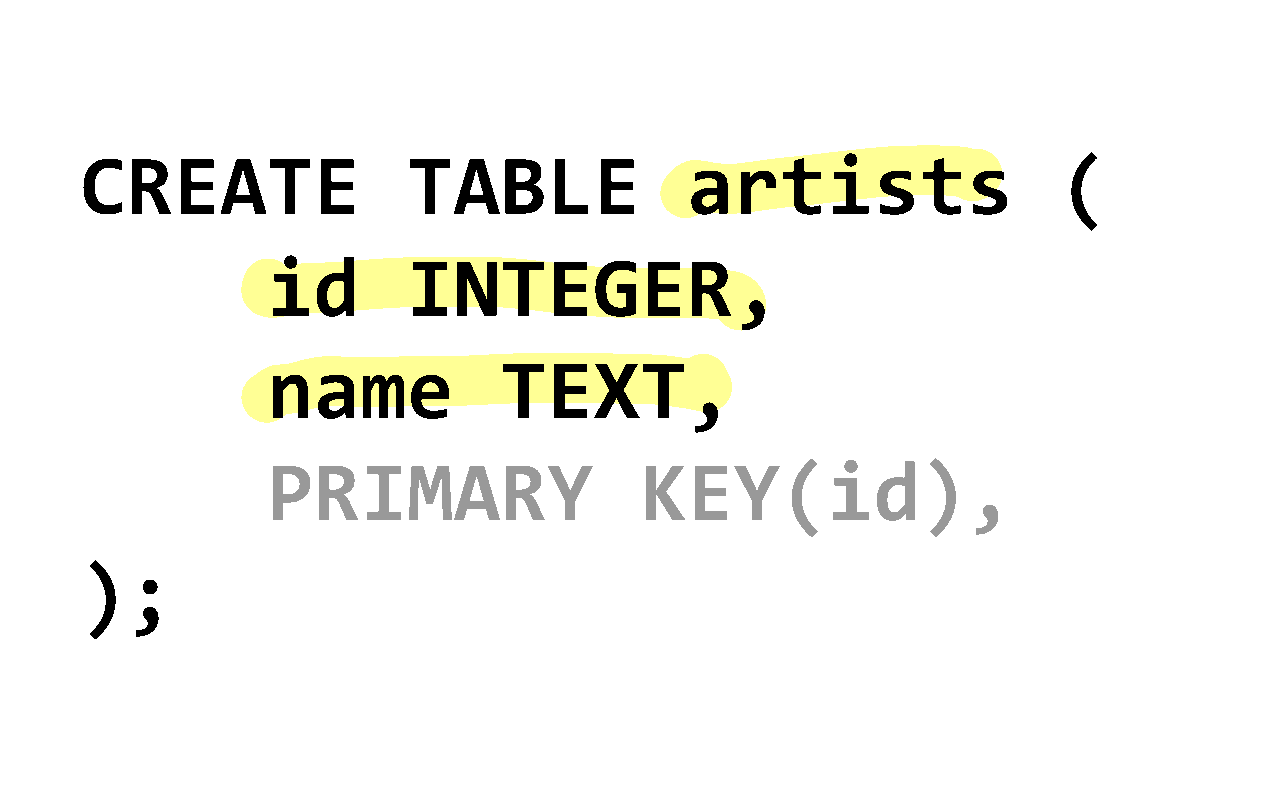
CREATE                TABLE             artists                  (
 id       INTEGER,
 name           TEXT,
 PRIMARY                 KEY(id),
 );